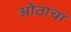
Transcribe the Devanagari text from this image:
ओठाचा